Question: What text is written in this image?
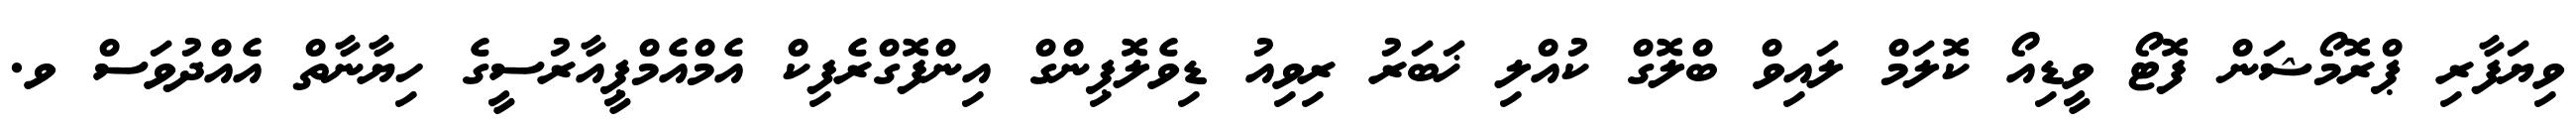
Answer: ވިޔަފާރި ޕްރޮމޯޝަން ފޮޓޯ ވީޑިއޯ ކޮލަމް ލައިވް ބްލޮގް ކުއްލި ޚަބަރު ރިވިއު ޑިވެލޮޕިންގް އިންފޮގްރެފިކް އެމްއެމްޕީއާރުސީގެ ހިޔާނާތް އެއްދުވަސް ވ.